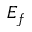
E _ { f }